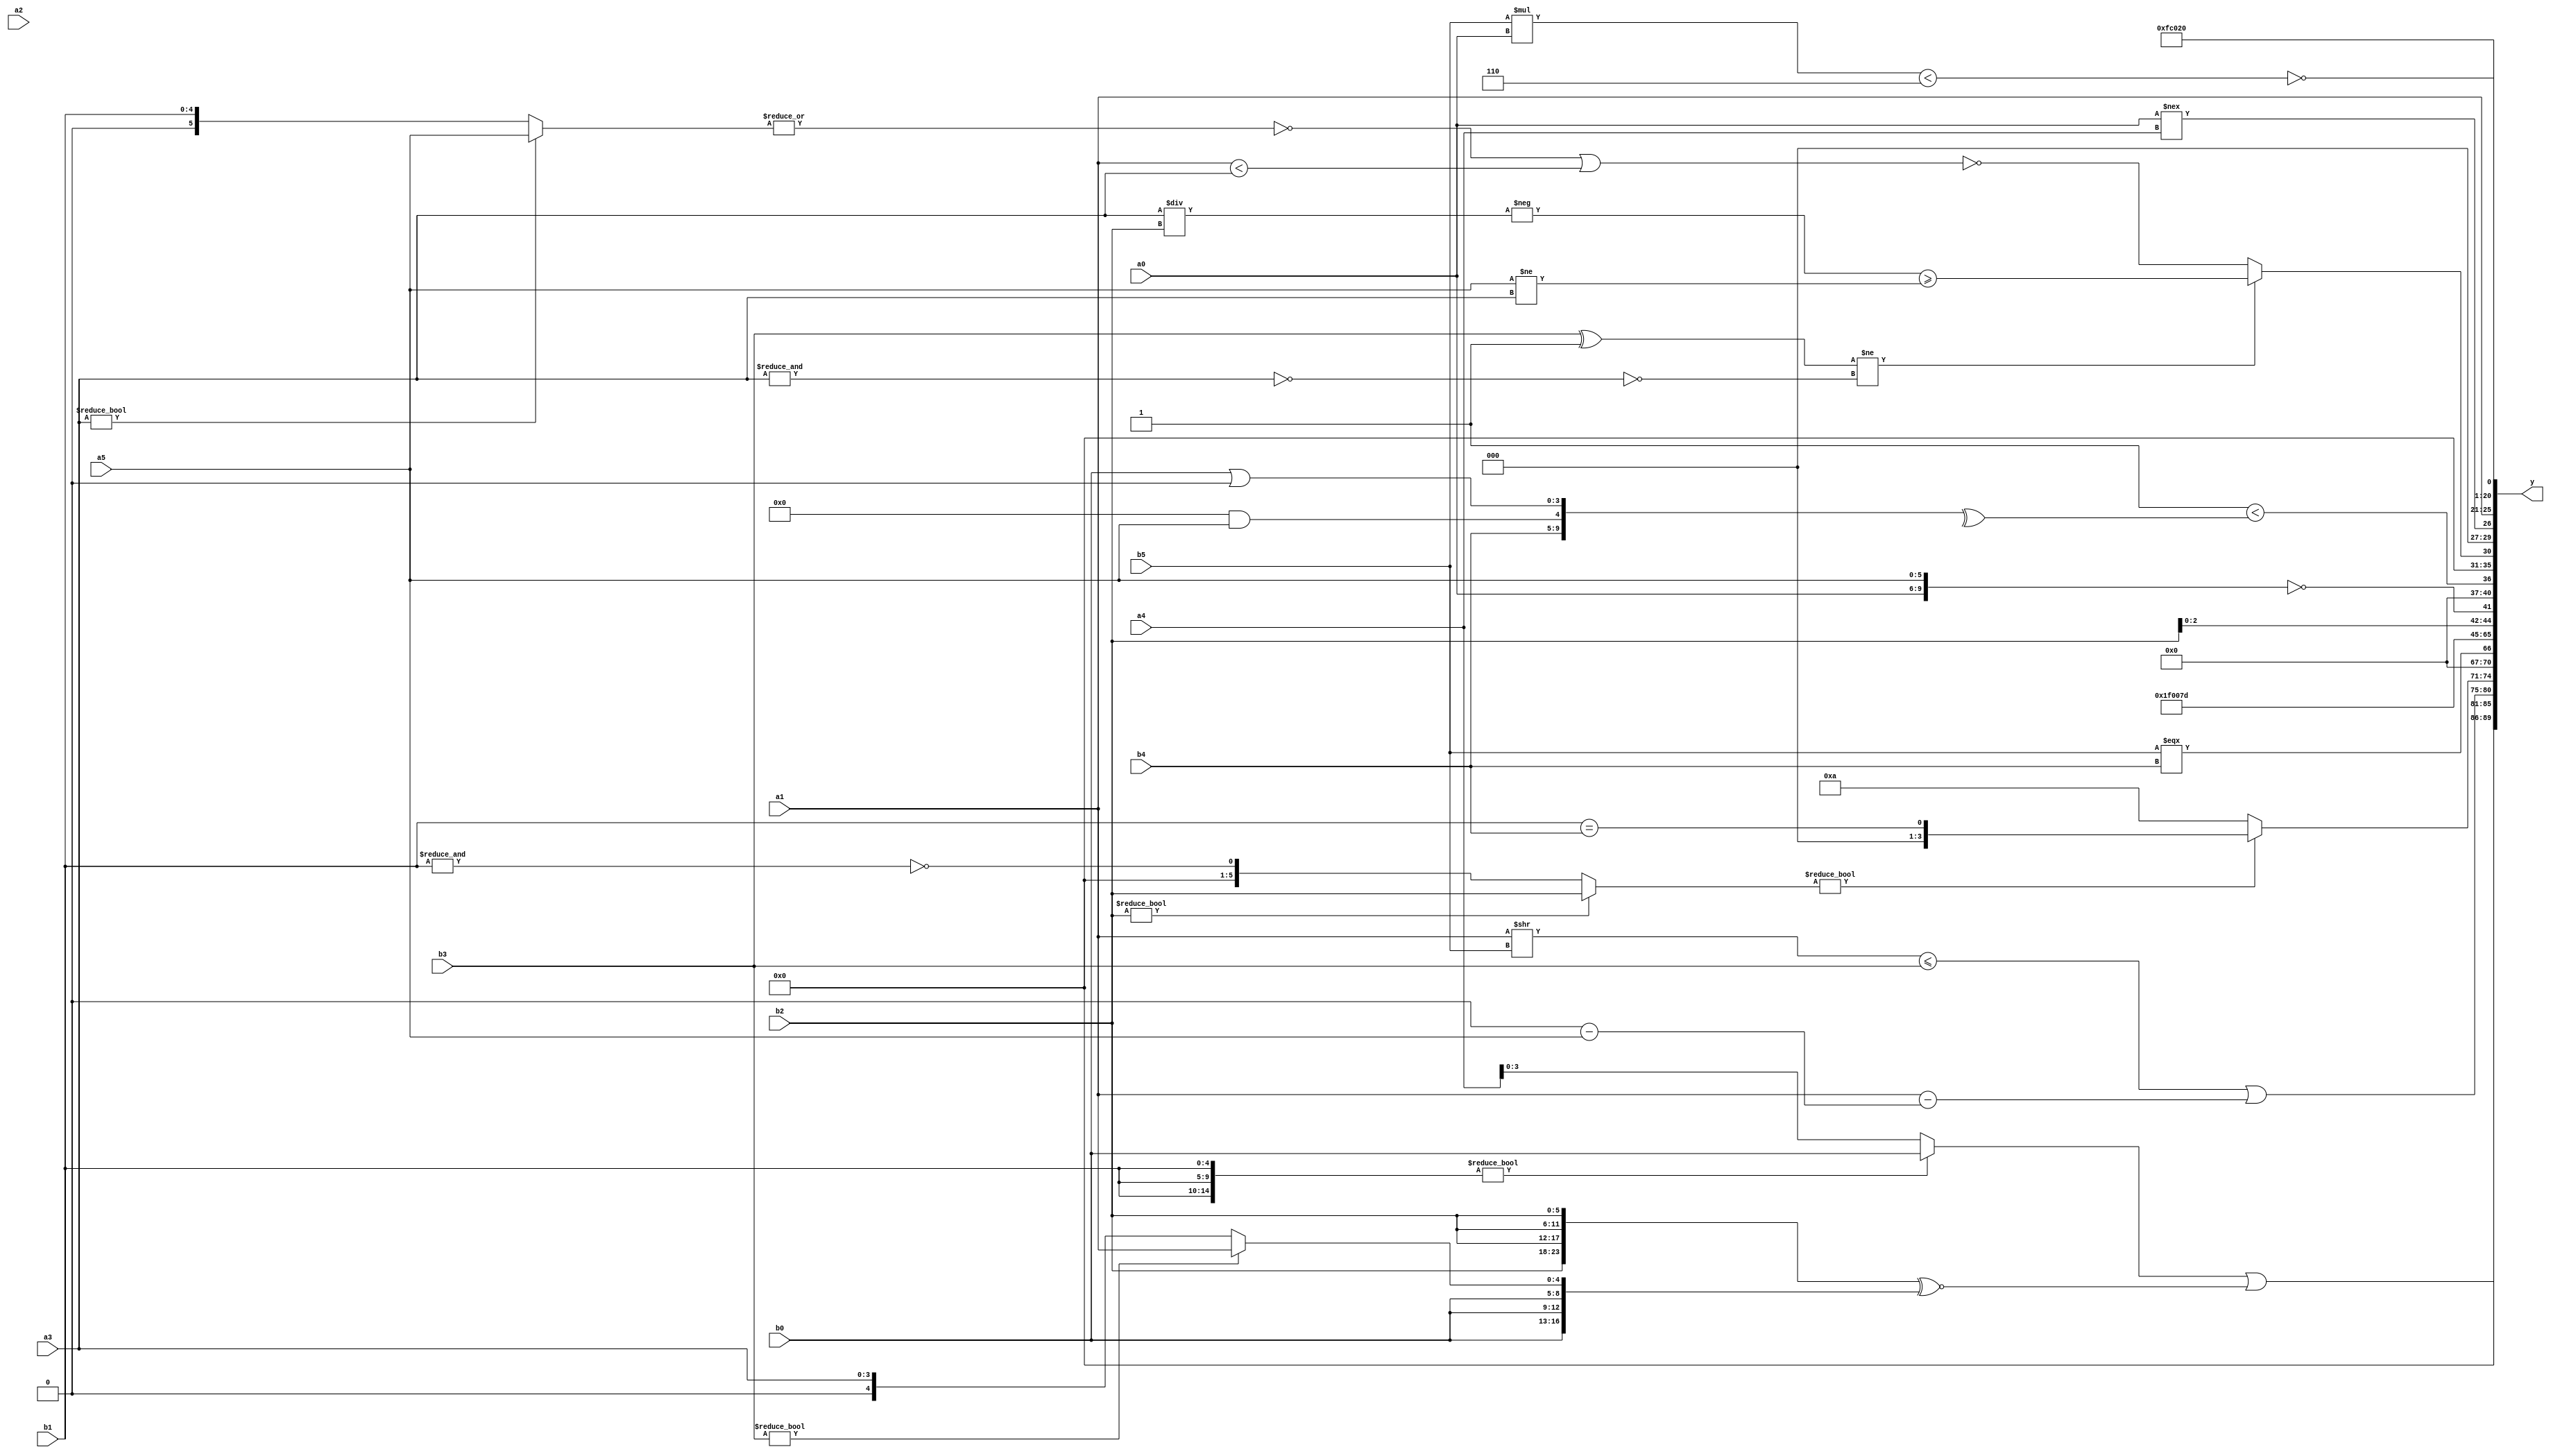
module expression_00387(a0, a1, a2, a3, a4, a5, b0, b1, b2, b3, b4, b5, y);
  input [3:0] a0;
  input [4:0] a1;
  input [5:0] a2;
  input signed [3:0] a3;
  input signed [4:0] a4;
  input signed [5:0] a5;

  input [3:0] b0;
  input [4:0] b1;
  input [5:0] b2;
  input signed [3:0] b3;
  input signed [4:0] b4;
  input signed [5:0] b5;

  wire [3:0] y0;
  wire [4:0] y1;
  wire [5:0] y2;
  wire signed [3:0] y3;
  wire signed [4:0] y4;
  wire signed [5:0] y5;
  wire [3:0] y6;
  wire [4:0] y7;
  wire [5:0] y8;
  wire signed [3:0] y9;
  wire signed [4:0] y10;
  wire signed [5:0] y11;
  wire [3:0] y12;
  wire [4:0] y13;
  wire [5:0] y14;
  wire signed [3:0] y15;
  wire signed [4:0] y16;
  wire signed [5:0] y17;

  output [89:0] y;
  assign y = {y0,y1,y2,y3,y4,y5,y6,y7,y8,y9,y10,y11,y12,y13,y14,y15,y16,y17};

  localparam [3:0] p0 = (&(~|(^(~|(~|({(-4'sd6),(-5'sd7),(4'sd1)}+(!(~|((-3'sd2)+(5'sd13))))))))));
  localparam [4:0] p1 = ((5'sd11)?((-2'sd0)?(2'd1):(4'd13)):((3'd4)>>(4'd11)));
  localparam [5:0] p2 = ((((2'sd1)!=(-2'sd1))&((2'sd1)/(-2'sd1)))>>>(((3'd6)<=(2'd2))<=((4'd11)||(-4'sd3))));
  localparam signed [3:0] p3 = (~((|(2'd1))?(|(4'd15)):((3'd3)?(4'd8):(5'd11))));
  localparam signed [4:0] p4 = ((-3'sd1)>>(-5'sd14));
  localparam signed [5:0] p5 = ((~&(5'sd0))?(-(5'sd8)):((4'd13)^(2'd2)));
  localparam [3:0] p6 = (-2'sd0);
  localparam [4:0] p7 = ((3'd5)?(5'd26):(-5'sd2));
  localparam [5:0] p8 = ((-(^{{(5'd3)}}))&&(&({(5'd26),(2'sd1),(5'd24)}!=(5'd2 * (3'd3)))));
  localparam signed [3:0] p9 = {3{((-5'sd1)^(5'd0))}};
  localparam signed [4:0] p10 = ({3{((3'd2)?(3'd5):(3'd5))}}?(~|((2'sd1)?(2'd1):(2'd1))):(!(((3'd0)?(5'sd13):(2'd0))<=(!(5'd31)))));
  localparam signed [5:0] p11 = (!{4{{4{(2'd0)}}}});
  localparam [3:0] p12 = ({(4'd13),(4'd7),(+(4'd7))}>>(3'sd3));
  localparam [4:0] p13 = (4'd5);
  localparam [5:0] p14 = (+((+(~((5'd27)?(5'd28):(2'sd0))))?(~|(^((3'd4)?(3'sd1):(3'sd1)))):(~|((2'sd1)?(-2'sd1):(4'd2)))));
  localparam signed [3:0] p15 = ((((-2'sd0)*(-5'sd5))&((5'd15)%(-5'sd2)))>>(((-2'sd0)!==(5'd23))>((5'd10)>=(5'sd15))));
  localparam signed [4:0] p16 = (((2'd0)&(-2'sd0))<=((3'd7)>>>(5'sd12)));
  localparam signed [5:0] p17 = ({(-(-5'sd15))}&&{2{(-4'sd2)}});

  assign y0 = (({3{b1}}?(a0?b0:b0):{a5,p12,a4})|({2{{b2,b2}}}^~{{3{b0}},(b3?a1:a3)}));
  assign y1 = $signed((2'd0));
  assign y2 = (((a1>>b5)<=(b3))|(($unsigned(a1)-(p0-a5))));
  assign y3 = (((b0?b2:b2)?(p1?b2:b2):(~&b1))?{1{(&{2{(b1==b4)}})}}:{1{(-4'sd6)}});
  assign y4 = (^(b5===b4));
  assign y5 = (p9^~p12);
  assign y6 = (2'd0);
  assign y7 = {1{(-(~^((3'd7)>(-5'sd11))))}};
  assign y8 = (-(2'd3));
  assign y9 = {(a1==b5),{4{b2}},(!{a0,a5})};
  assign y10 = {$signed(({(|((~(p17<<<p14))))}<(^{$unsigned(b4),(p14&&a5),(b0|p15)})))};
  assign y11 = (((b3^p11)!=(~(~&a3)))?((-(a3/b2))>=(a5!=a3)):(!((~|(a3?a5:b1))||(a1<a3))));
  assign y12 = (a0!==a4);
  assign y13 = {2{{2{a1}}}};
  assign y14 = ((-4'sd1)|(-5'sd4));
  assign y15 = {{$unsigned(((p12?p10:p14)?{p17}:$unsigned(p12))),({(a3?p2:b3),{p12,a3},(p2?p16:p11)}),{$unsigned({a2,p16}),{b0,p17,p8}}}};
  assign y16 = (+p16);
  assign y17 = (~|((b5*a0)<(3'd6)));
endmodule